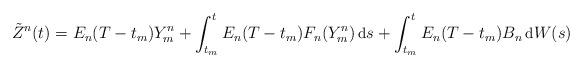
LaTeX: \begin{align*}\small\tilde{Z}^{n}(t) = E_n( T -t_m ) Y_m^{n} + \int_{t_m}^t E_n( T -t_m ) F_n (Y_m^{n})\, \mbox{d} s + \int_{t_m}^t E_n( T -t_m ) B_n \, \mbox{d} W(s)\end{align*}